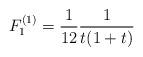
LaTeX: \begin{align*}F_1^{(1)} = {1 \over 12} { 1 \over t ( 1 + t) }\end{align*}